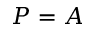
P = A